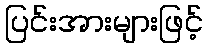
ပြင်းအားများဖြင့်